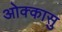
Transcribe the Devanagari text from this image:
ओक्कासु